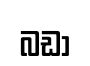
බඩා